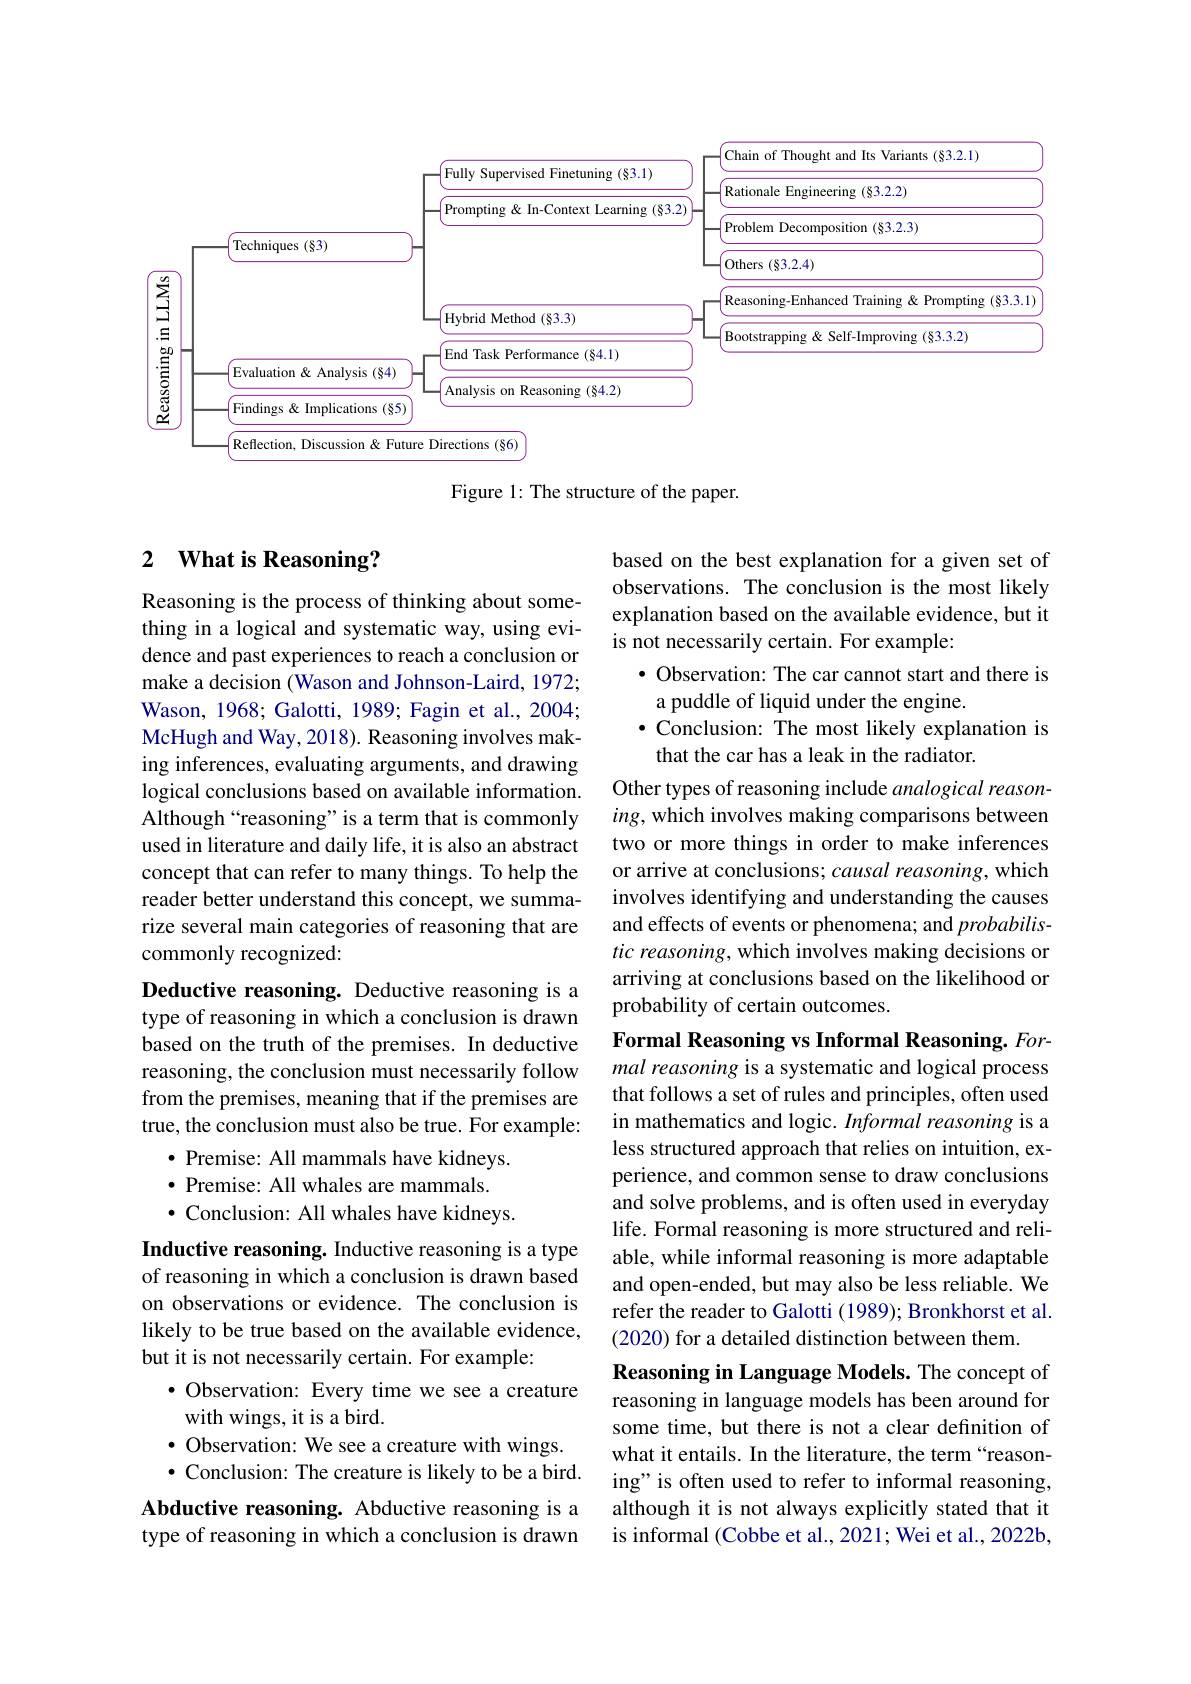
<FigureHere>

Figure 1: The structure of the paper.

## 2 What is Reasoning?

Reasoning is the process of thinking about something in a logical and systematic way, using evidence and past experiences to reach a conclusion or make a decision (Wason and Johnson-Laird, 1972; Wason, 1968; Galotti, 1989; Fagin et al., 2004; McHugh and Way, 2018). Reasoning involves making inferences, evaluating arguments, and drawing logical conclusions based on available information. Although“reasoning”is a term that is commonly used in literature and daily life, it is also an abstract concept that can refer to many things. To help the reader better understand this concept, we summarize several main categories of reasoning that are commonly recognized:

based on the best explanation for a given set of observations. The conclusion is the most likely explanation based on the available evidence, but it is not necessarily certain. For example:
$\bullet$ Observation: The car cannot start and there is
a puddle of liquid under the engine.
$\bullet$ Conclusion: The most likely explanation is
that the car has a leak in the radiator.
Other types of reasoning include analogical reasoning, which involves making comparisons between two or more things in order to make inferences or arrive at conclusions; causal reasoning, which involves identifying and understanding the causes and effects of events or phenomena; and probabilistic reasoning, which involves making decisions or arriving at conclusions based on the likelihood or probability of certain outcomes.

Deductive reasoning. Deductive reasoning is a type of reasoning in which a conclusion is drawn based on the truth of the premises. In deductive reasoning, the conclusion must necessarily follow from the premises, meaning that if the premises are true, the conclusion must also be true. For example:
$\bullet$ Premise: All mammals have kidneys.
$\bullet$ Premise: All whales are mammals.
$\bullet$ Conclusion: All whales have kidneys.
Inductive reasoning. Inductive reasoning is a type of reasoning in which a conclusion is drawn based on observations or evidence. The conclusion is likely to be true based on the available evidence, but it is not necessarily certain. For example:
$\bullet$ Observation: Every time we see a creature
with wings, it is a bird.
$\bullet$ Observation: We see a creature with wings. $\bullet$ Conclusion: The creature is likely to be a bird.
Abductive reasoning. Abductive reasoning is a type of reasoning in which a conclusion is drawn

Formal Reasoning vs Informal Reasoning. Formal reasoning is a systematic and logical process that follows a set of rules and principles, often used in mathematics and logic. Informal reasoning is a less structured approach that relies on intuition, experience, and common sense to draw conclusions and solve problems, and is often used in everyday life. Formal reasoning is more structured and reliable, while informal reasoning is more adaptable and open-ended, but may also be less reliable. We refer the reader to Galotti (1989); Bronkhorst et al. (2020) for a detailed distinction between them.
Reasoning in Language Models. The concept of reasoning in language models has been around for some time, but there is not a clear definition of what it entails. In the literature, the term“reasoning" is often used to refer to informal reasoning, although it is not always explicitly stated that it is informal (Cobbe et al., 2021; Wei et al., 2022b,